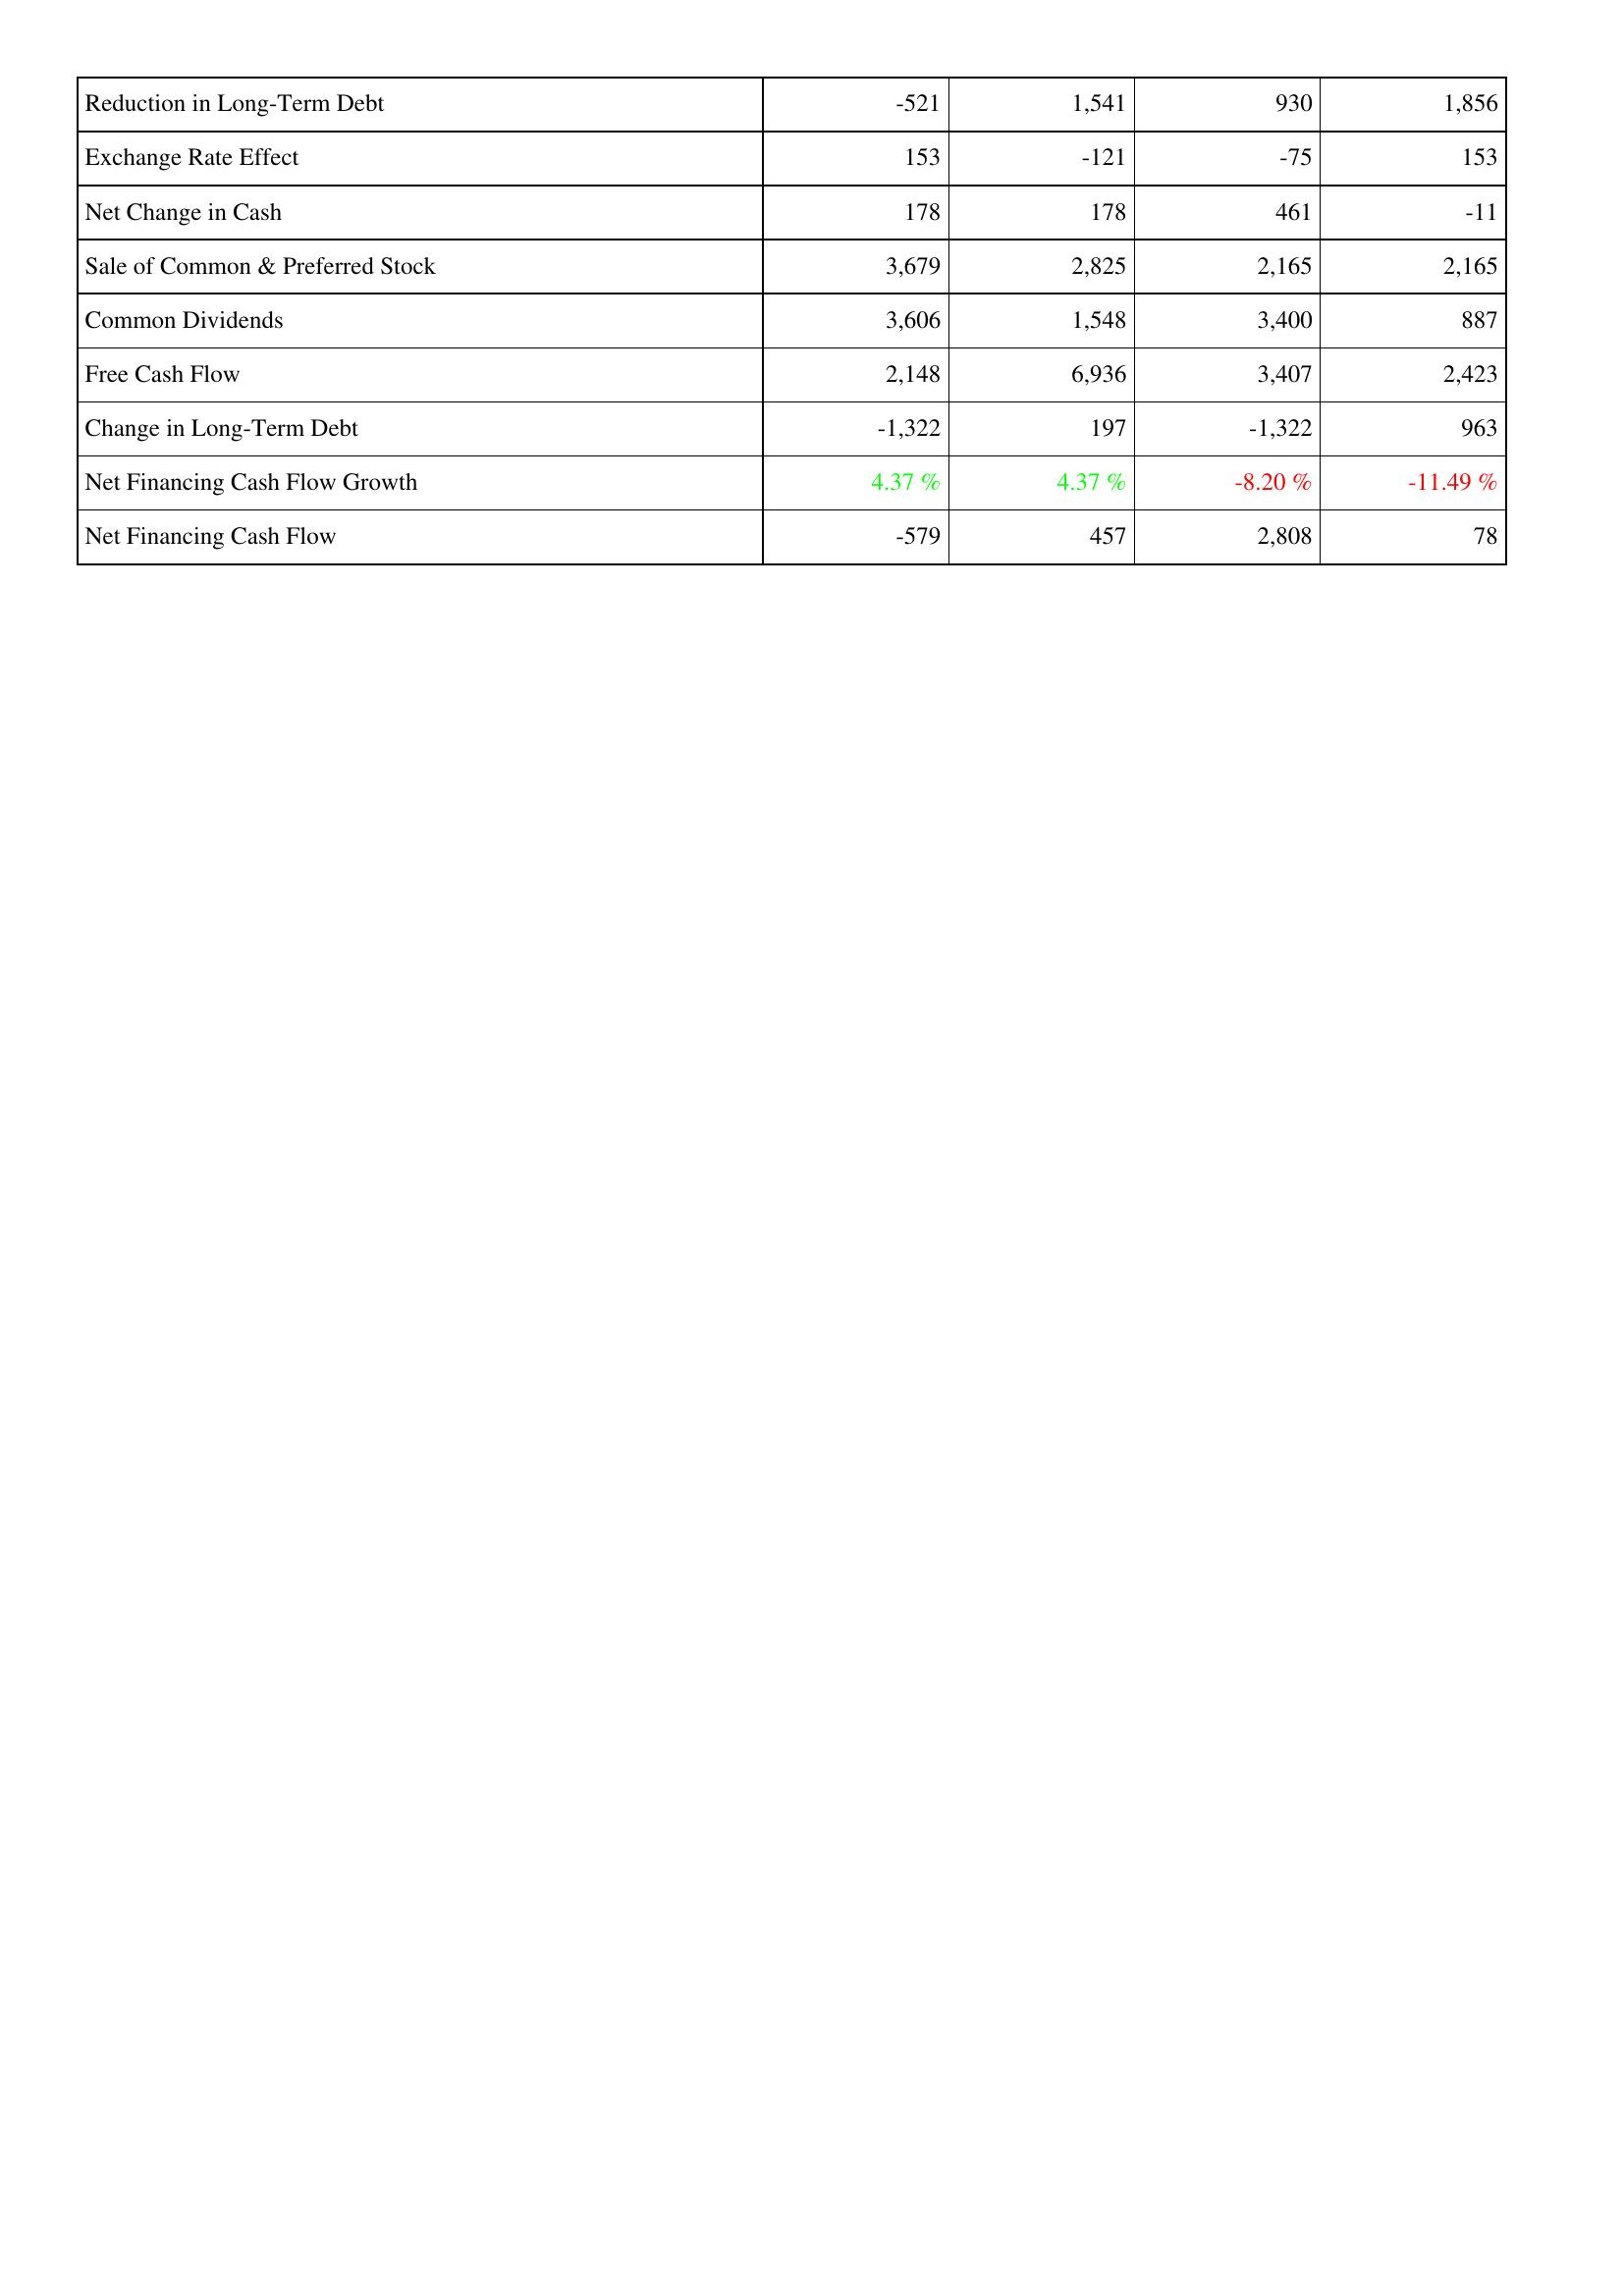
2014: Financing Activities: Reduction in Long-Term Debt: -521
Exchange Rate Effect: 153
Net Change in Cash: 178
Sale of Common & Preferred Stock: 3,679
Common Dividends: 3,606
Free Cash Flow: 2,148
Change in Long-Term Debt: -1,322
Net Financing Cash Flow Growth: 4.37 %
Net Financing Cash Flow: -579
2013: Financing Activities: Reduction in Long-Term Debt: 1,541
Exchange Rate Effect: -121
Net Change in Cash: 178
Sale of Common & Preferred Stock: 2,825
Common Dividends: 1,548
Free Cash Flow: 6,936
Change in Long-Term Debt: 197
Net Financing Cash Flow Growth: 4.37 %
Net Financing Cash Flow: 457
2012: Financing Activities: Reduction in Long-Term Debt: 930
Exchange Rate Effect: -75
Net Change in Cash: 461
Sale of Common & Preferred Stock: 2,165
Common Dividends: 3,400
Free Cash Flow: 3,407
Change in Long-Term Debt: -1,322
Net Financing Cash Flow Growth: -8.20 %
Net Financing Cash Flow: 2,808
2011: Financing Activities: Reduction in Long-Term Debt: 1,856
Exchange Rate Effect: 153
Net Change in Cash: -11
Sale of Common & Preferred Stock: 2,165
Common Dividends: 887
Free Cash Flow: 2,423
Change in Long-Term Debt: 963
Net Financing Cash Flow Growth: -11.49 %
Net Financing Cash Flow: 78